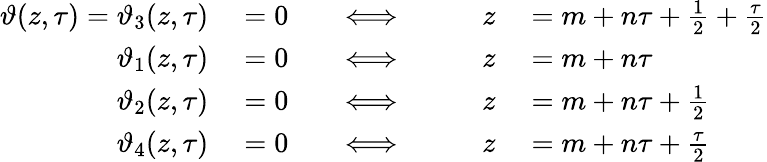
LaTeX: \begin{array}{rlrlrl}{\vartheta(z,\tau)=\vartheta_{3}(z,\tau)}&{{}=0\quad}&{\Longleftrightarrow}&{{}}&{\quad z}&{{}=m+n\tau+{\frac{1}{2}}+{\frac{\tau}{2}}}\\ {\vartheta_{1}(z,\tau)}&{{}=0\quad}&{\Longleftrightarrow}&{{}}&{\quad z}&{{}=m+n\tau}\\ {\vartheta_{2}(z,\tau)}&{{}=0\quad}&{\Longleftrightarrow}&{{}}&{\quad z}&{{}=m+n\tau+{\frac{1}{2}}}\\ {\vartheta_{4}(z,\tau)}&{{}=0\quad}&{\Longleftrightarrow}&{{}}&{\quad z}&{{}=m+n\tau+{\frac{\tau}{2}}}\end{array}